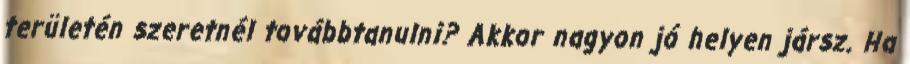
területén szeretnél továbbtanulni? Akkor nagyon jó helyen jársz. Ha